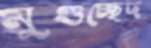
মুণ্ডচ্ছেদ